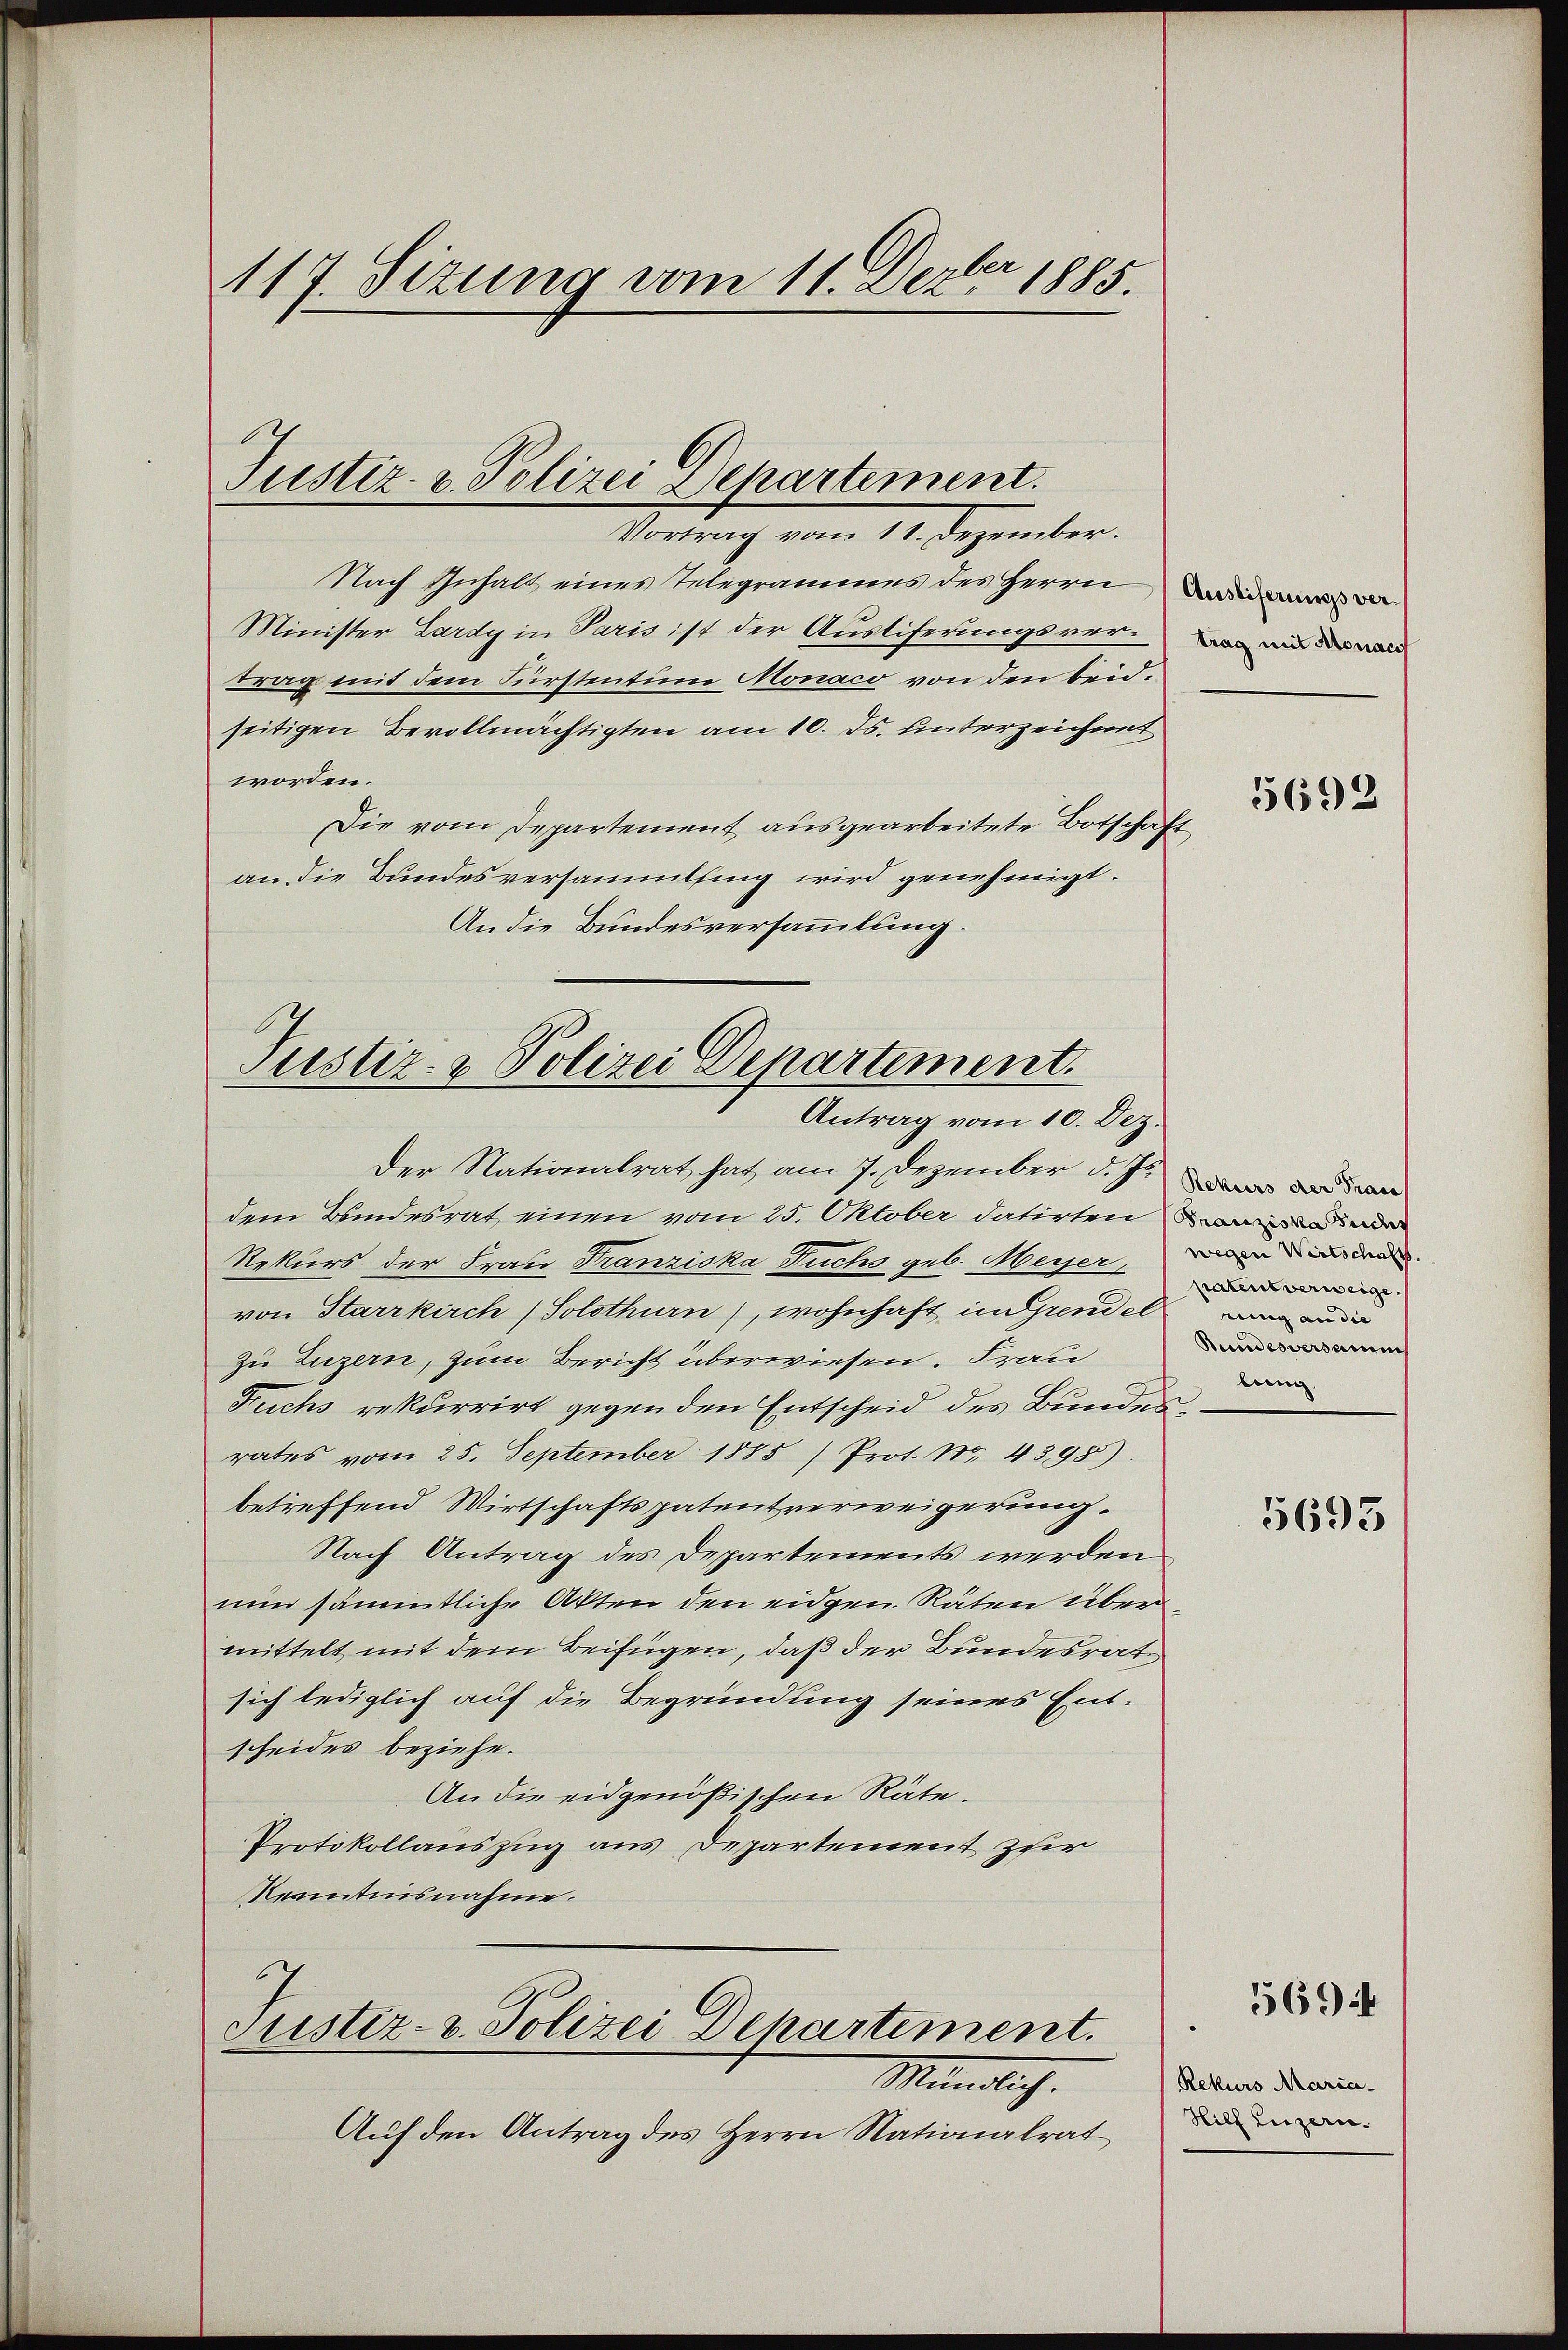
117. Sizung vom 11. Dezbr 1885.

Justiz- & Polizei Departement.
Vortrag vom 18. Dezember.

Nach Inhalt eines Telegrammes des Herrn Bains ver¬
Minister Lardy in Paris ist der Ausliferungsvertrag mit dem Fürstentum Monaco von den beidseitigen Bevollmächtigten am 10. ds. unterzeichnet
worden.
Die vom Departement ausgearbeitete Botschaft
an, die Bundesversammlung wird genehmigt.
An die Bundesversammlung.

Justiz- & Polizei Departement.
Antrag vom 10. Dez.

Der Nationalrat hat am 7. Dezember d. J. an das da
dem Bundesrat einen vom 25. Oktober datirten ande
Rekurs der Frau Franziska Fuchs geb. Heiser, wenn in den
von Starrkirch (Solothurn), wohnhaft im Grendet
zu Luzern, zum Bericht überwiesen. Frau
Fuchs rekurrirt gegen den Entscheid des Bundes,
rates vom 25. September 1885) Prot. No. 4398).
betreffend Wirtschaftspatentverweigerung.
Nach Antrag des Departements werden
nun sämmtliche Akten den eidgen. Räten über
mittelt mit dem Beifügen, daß der Bundesrat
sich lediglich auf die Begründung seines Entscheides beziehe.
An die eidgenößischen Räte.
Protokollauszug aus Departement zur
Rernntnisnahme.
Justiz- u. Polizei Departement.
Mündlich.
Auf den Antrag des Herrn Nationalrat

patent verweige.
ning an die
Bundesversamm
bung.

5692

5693

Rekurs Maria
Hilf Luzern.

5694